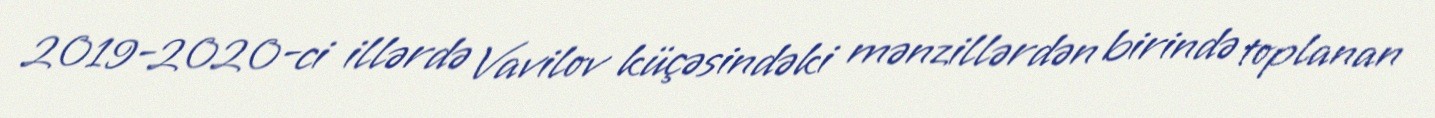
2019-2020-ci illərdə Vavilov küçəsindəki mənzillərdən birində toplanan